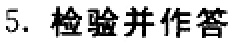
5. 检验并作答